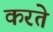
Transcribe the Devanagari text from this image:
करते